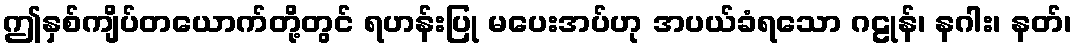
ဤနှစ်ကျိပ်တယောက်တို့တွင် ရဟန်းပြု မပေးအပ်ဟု အပယ်ခံရသော ဂဠုန်၊ နဂါး၊ နတ်၊